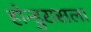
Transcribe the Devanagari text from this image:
होन्डुरासला